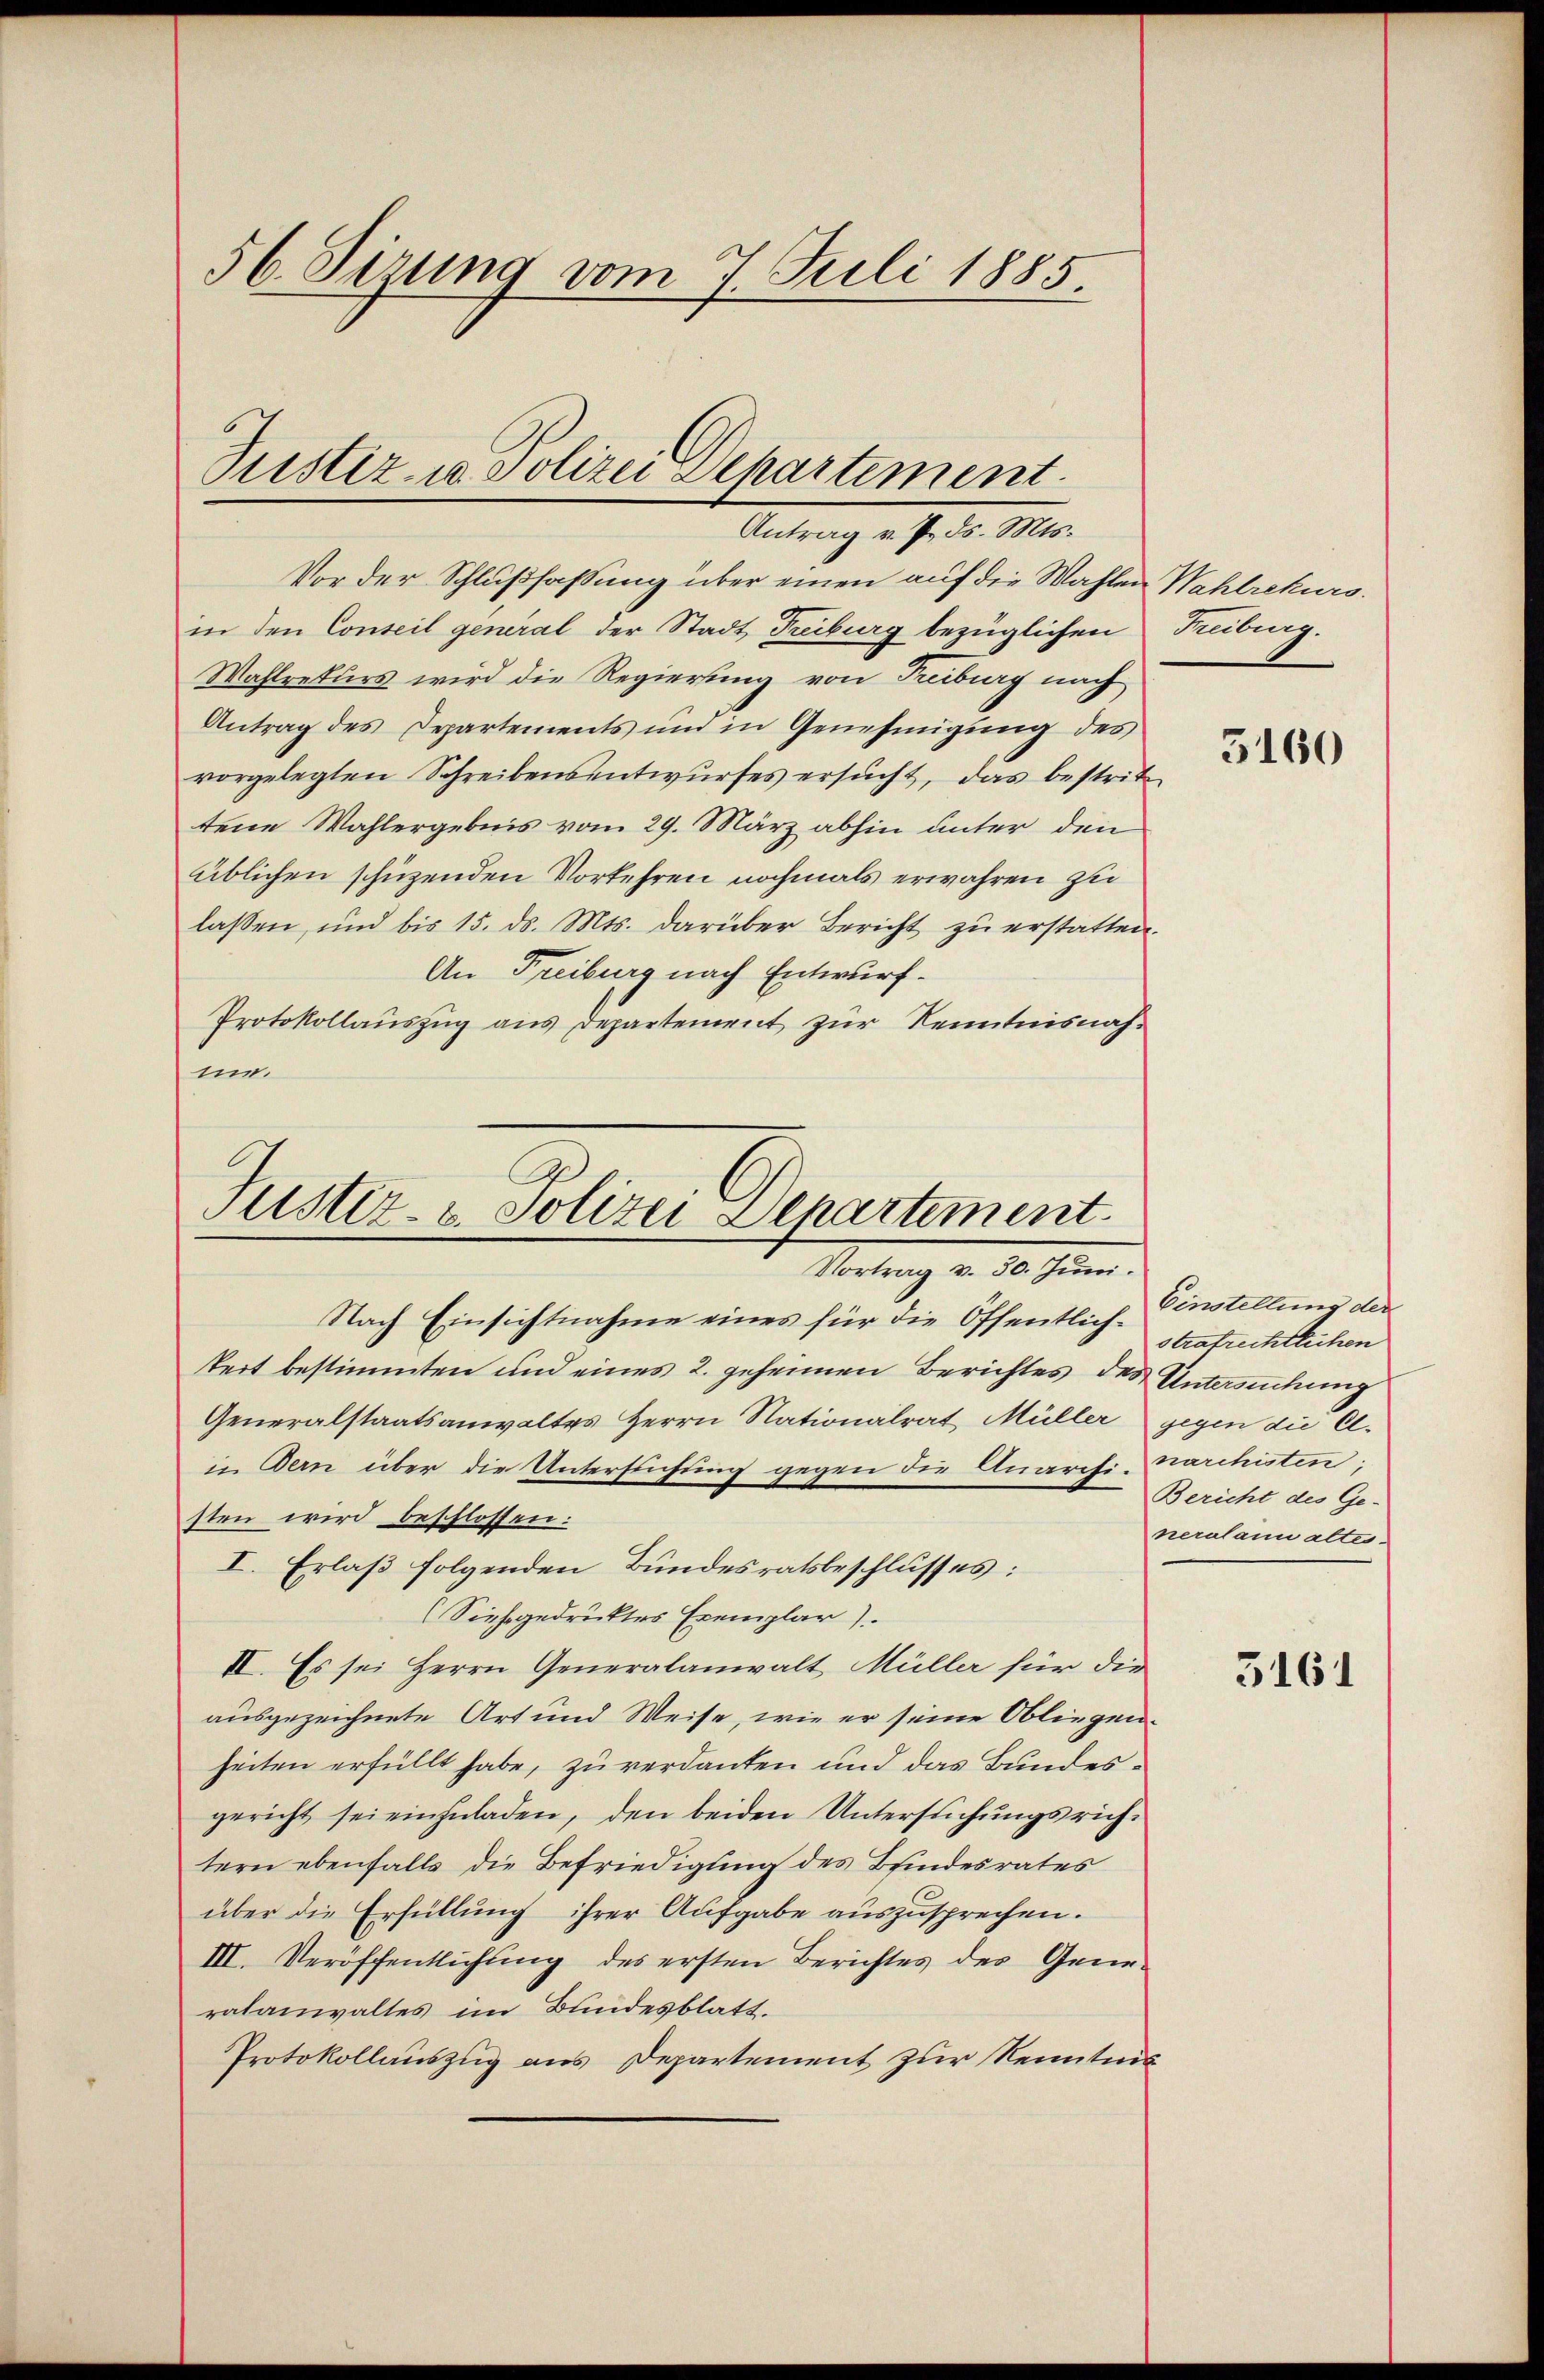
56. Sirung vom 7. Juli 1885.

Pustiz- u. Polizei Departement.
Antrag v. 7. ds. Mts.

Vor der Schlußfassung über einen auf die Wahlen Wahlrekurs.
in den Conseil general der Stadt Freiburg bezüglichen Freibung.
Wahlreturs wird die Regierung von Treiburg nach
Antrag des Departements und in Genehmigŭng des
vorgelegten Schreibensentwurfes ersucht, das bestrittene Wahlergebnis vom 29. März abhin unter den
üblichen schüzenden Vorkehren nochmals erwahren zu
lassen, und bis 15. ds. Mts. darüber Bericht zu erstatten.
An Freiburg nach Entwurf.
Protokollaŭszŭg ans Departement zur Kenntnisnahne.

Justiz- & Polizei Departement.
Vortrag v. 10. Jun.
Nach Einsichtnahme eines für die Öffentlich-Einstellung der

kert bestimmten und eines 2. geheimen Berichtes des Antwendung
Generalstaatsanwaltes Herrn Nationalrat Müller gegen die Elin Bern über die Untersuchung gegen die Anarchi-Marchisten;
sten wird beschlossen:
I. Erlaß folgenden Bundesratsbeschlusses:
(Siehe gedrucktes Exemplar)
II. Es sei Herrn Generalanwalt Müller für die
ausgezeichnete Art und Weise, wie er seine Obliegenheiten erfüllt habe, zu verdanken und das Bundesgericht sei einzuladen, den beiden Untersuchungsrichtern ebenfalls die Befriedigung des Befindesrates
über die Erfüllung ihrer Aufgabe auszusprechen.
III. Veröffentlichung des ersten Berichtes des Grünratanwaltes im Bundesblatt.
Protokollauszug aus Departement zur Kenntnis

3160

stratrechtlichen
Bericht des Ge-
neralann altes.

3161